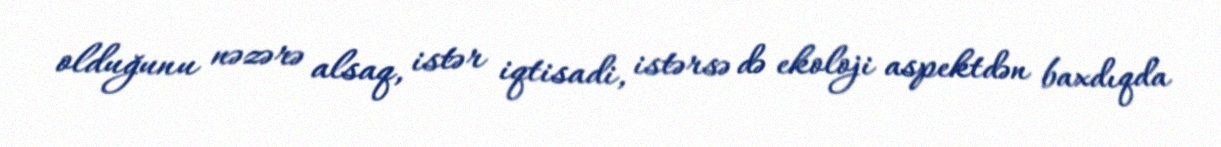
olduğunu nəzərə alsaq, istər iqtisadi, istərsə də ekoloji aspektdən baxdıqda